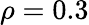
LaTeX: \rho=0.3